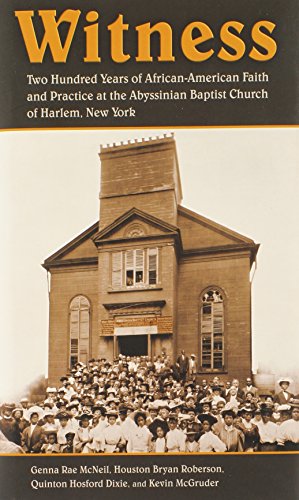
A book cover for Witness: Two Hundred Years of African-American Faith and Practice at the Abyssinian Baptist Church of Harlem, New York; Genna Rae McNeil; Christian Books & Bibles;